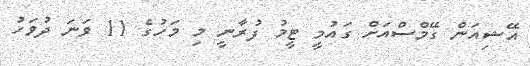
އޭޝިއަން ގޭމްސްއަށް ގައުމީ ޓީމު ފުރާނީ މި މަހުގެ 11 ވަނަ ދުވަހު